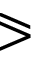
\eqslantgtr